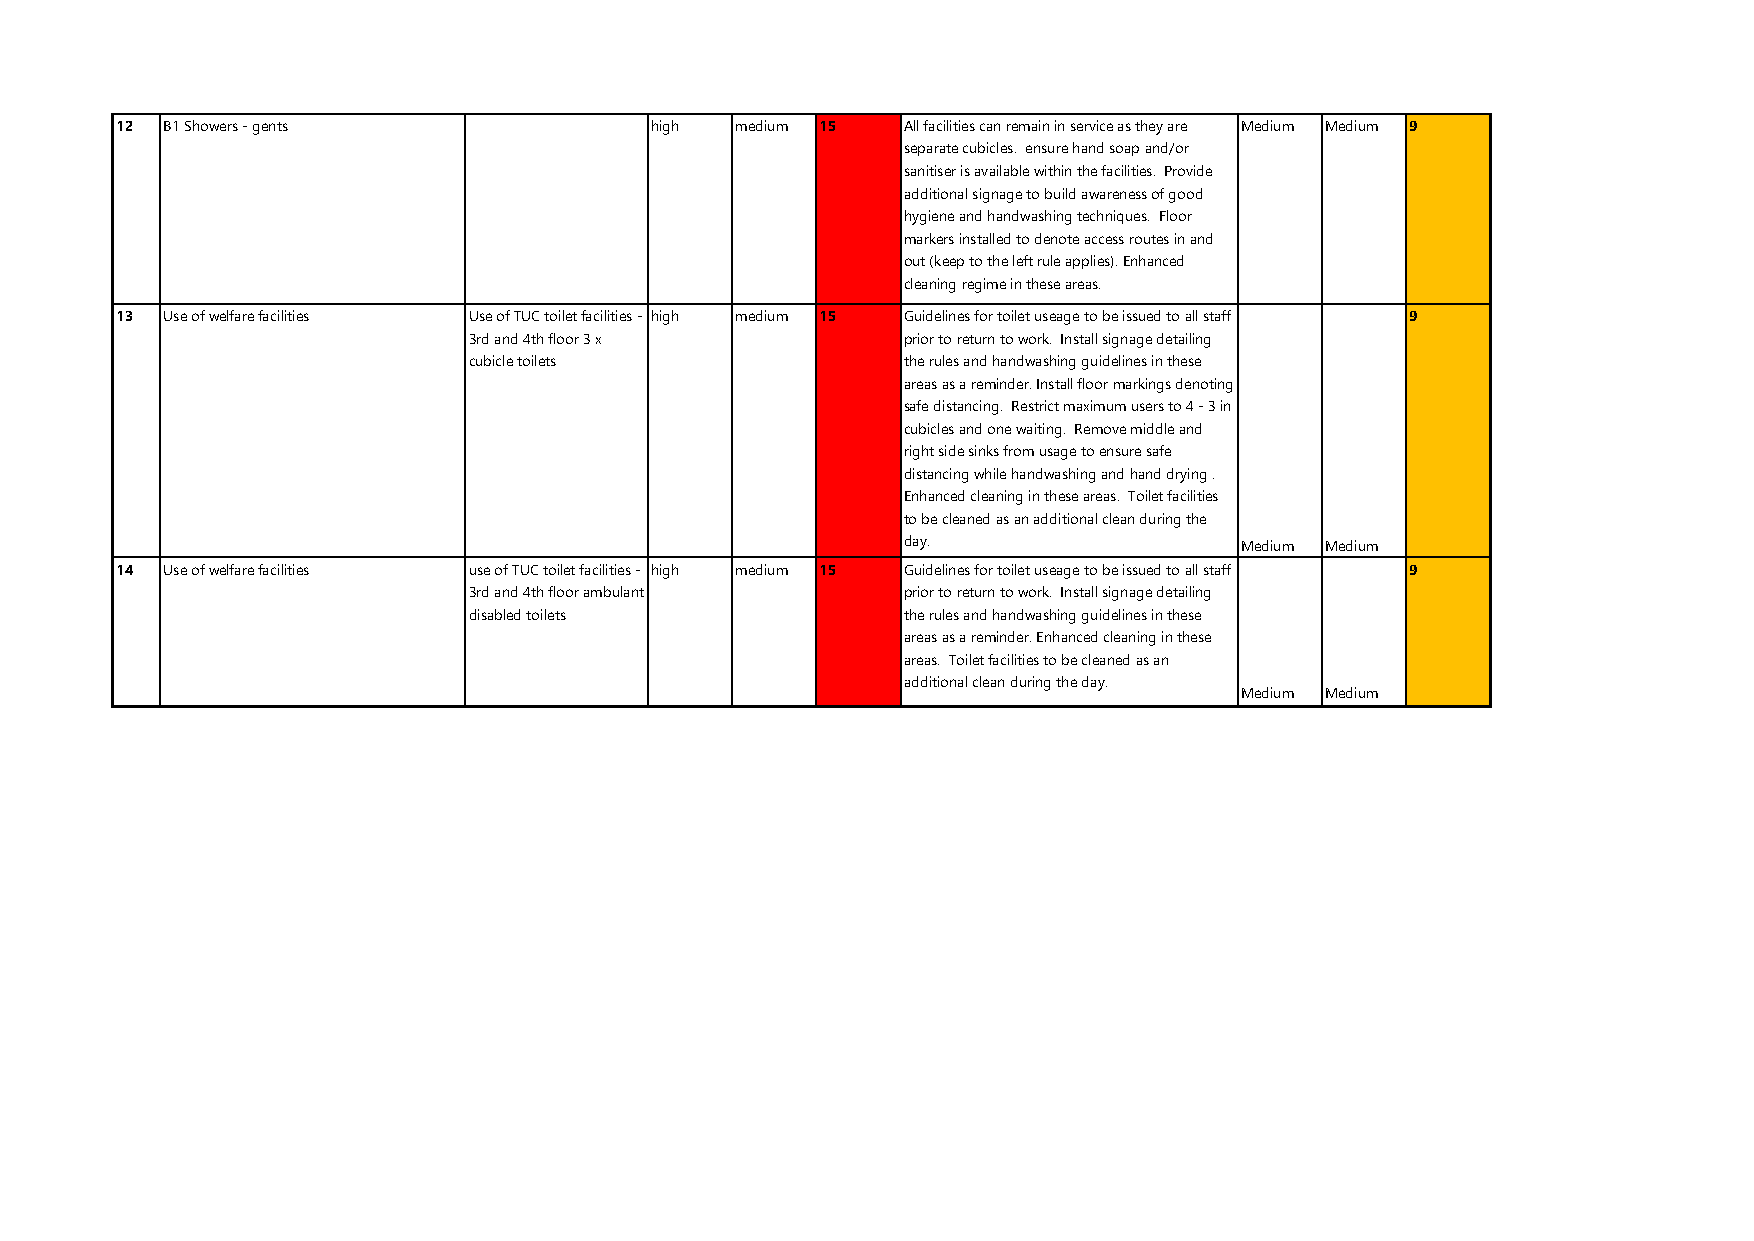
12 B1 Showers - gents              high  medium 15  All facilities can remain in service as they are Medium Medium 9
 separate cubicles. ensure hand soap and/or
 sanitiser is available within the facilities. Provide
 additional signage to build awareness of good
 hygiene and handwashing techniques. Floor
 markers installed to denote access routes in and
 out (keep to the left rule applies). Enhanced
 cleaning regime in these areas.
 13 Use of welfare facilities Use of TUC toilet facilities - high medium 15 Guidelines for toilet useage to be issued to all staff 9
 3rd and 4th floor 3 x        prior to return to work. Install signage detailing
 cubicle toilets              the rules and handwashing guidelines in these
 areas as a reminder. Install floor markings denoting
 safe distancing. Restrict maximum users to 4 - 3 in
 cubicles and one waiting. Remove middle and
 right side sinks from usage to ensure safe
 distancing while handwashing and hand drying .
 Enhanced cleaning in these areas. Toilet facilities
 to be cleaned as an additional clean during the
 day.                  Medium Medium
 14 Use of welfare facilities use of TUC toilet facilities - high medium 15 Guidelines for toilet useage to be issued to all staff 9
 3rd and 4th floor ambulant   prior to return to work. Install signage detailing
 disabled toilets             the rules and handwashing guidelines in these
 areas as a reminder. Enhanced cleaning in these
 areas. Toilet facilities to be cleaned as an
 additional clean during the day.
 Medium Medium